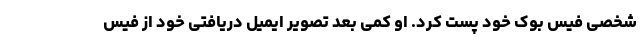
شخصی فیس بوک خود پست کرد. او کمی بعد تصویر ایمیل دریافتی خود از فیس